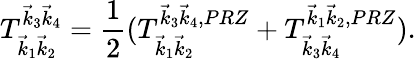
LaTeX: T_{\vec{k}_{1}\vec{k}_{2}}^{\vec{k}_{3}\vec{k}_{4}}=\frac{1}{2}(T_{\vec{k}_{1}\vec{k}_{2}}^{\vec{k}_{3}\vec{k}_{4},{PRZ}}+T_{\vec{k}_{3}\vec{k}_{4}}^{\vec{k}_{1}\vec{k}_{2},{PRZ}}).